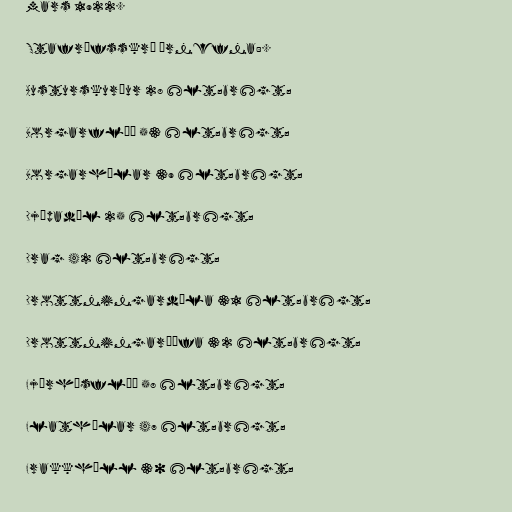
mars 1922.

Stafrófsskrá örnefna:.

Austurskurður 28 &lt;br&gt;

Borgarflóð 53 &lt;br&gt;

Borgarhólar 39 &lt;br&gt;

Djúpadæl 25 &lt;br&gt;

Drag 42 &lt;br&gt;

Drottningardæla 31 &lt;br&gt;

Drottningarþúfa 32 &lt;br&gt;

Fjárhúsflóð 58 &lt;br&gt;

Flathólar 47 &lt;br&gt;

Frakkhóll 30 &lt;br&gt;